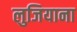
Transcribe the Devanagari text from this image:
लुजियाना